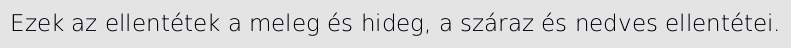
Ezek az ellentétek a meleg és hideg, a száraz és nedves ellentétei.